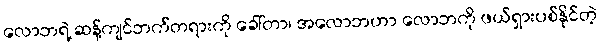
လောဘရဲ့ ဆန့်ကျင်ဘက်တရားကို ခေါ်တာ၊ အလောဘဟာ လောဘကို ဖယ်ရှားပစ်နိုင်တဲ့